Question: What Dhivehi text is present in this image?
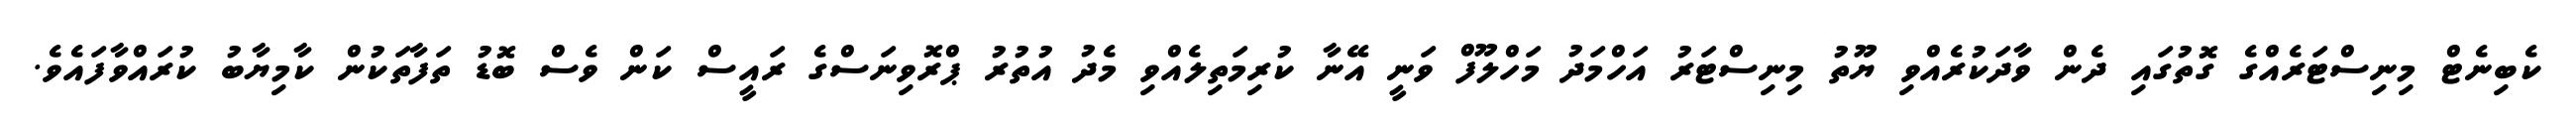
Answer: ކެބިނެޓް މިނިސްޓަރެއްގެ ގޮތުގައި ދެން ވާދަކުރެއްވި ޔޫތު މިނިސްޓަރު އަހްމަދު މަހްލޫފް ވަނީ އޭނާ ކުރިމަތިލެއްވި މެދު އުތުރު ޕްރޮވިނަސްގެ ރައީސް ކަން ވެސް ބޮޑު ތަފާތަކުން ކާމިޔާބު ކުރައްވާފައެވެ.